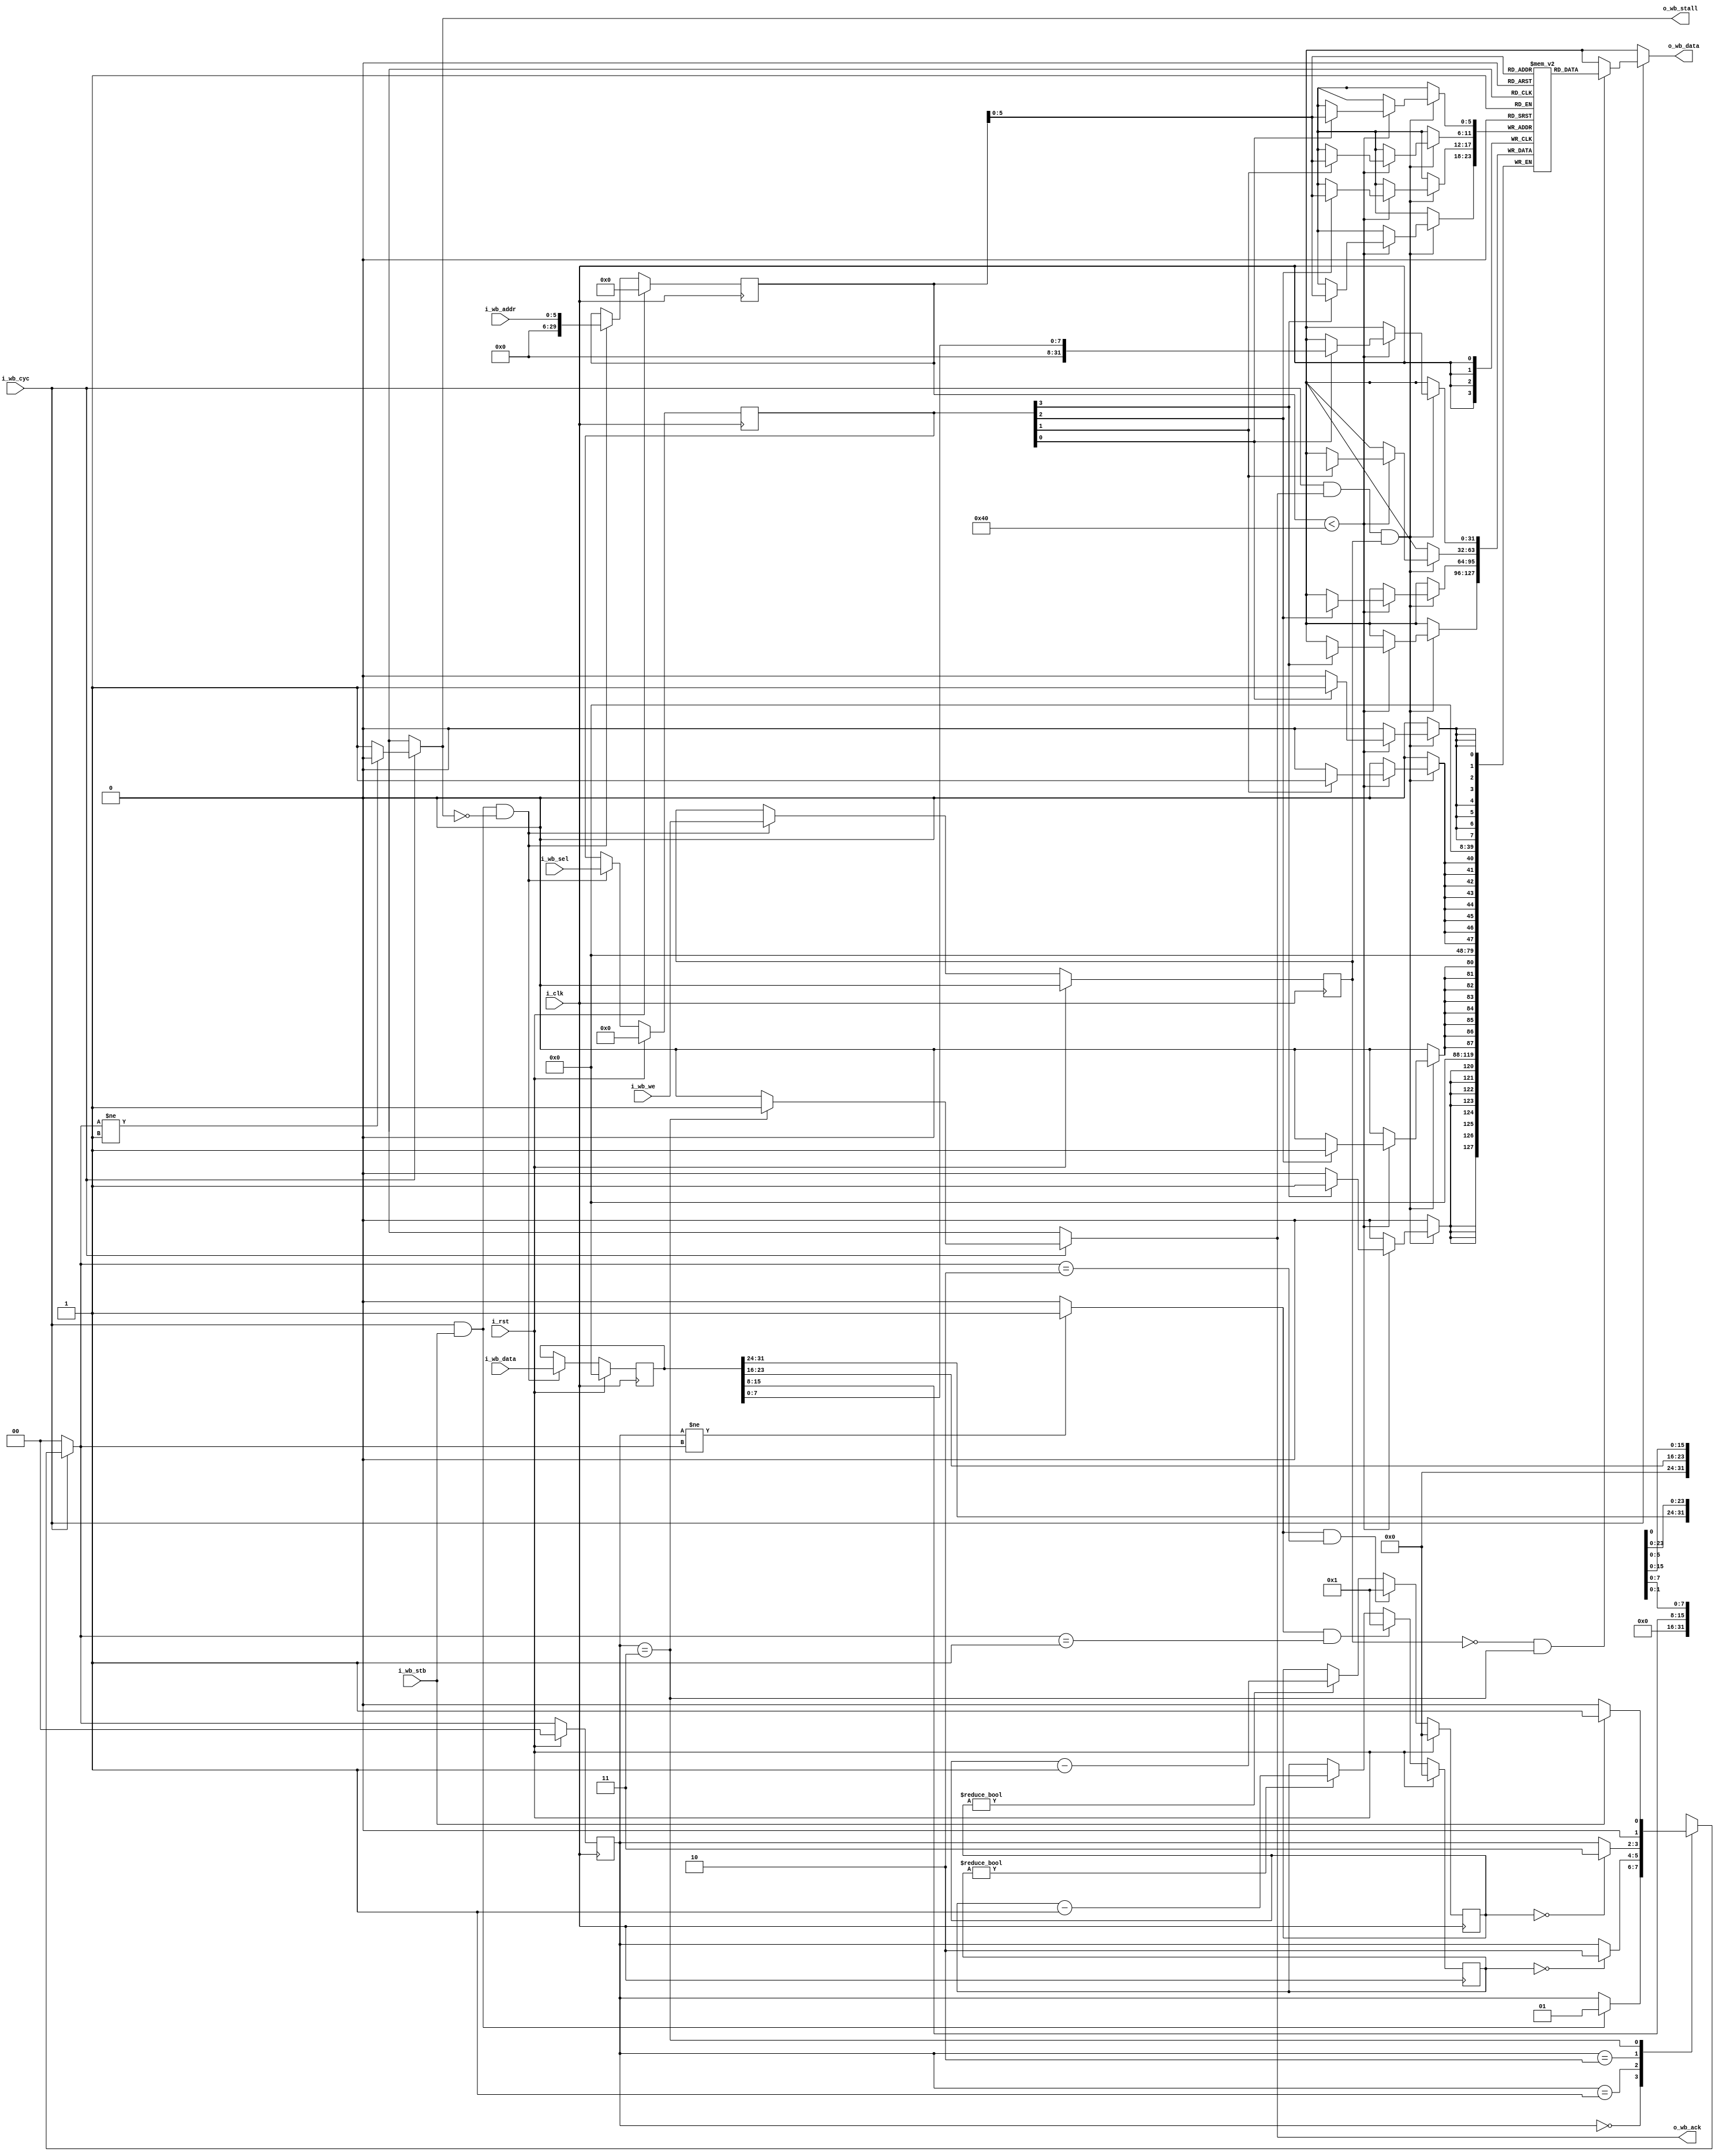
module wb_mem_dly #(
    parameter WB_ADDR_WIDTH = 6,
    parameter STALL_WS=2,
    parameter ACK_WS=2
)
(
    // Clock (posedge) and sync reset
    input i_clk,
    input i_rst,
    // Wishbone bus slave
    input i_wb_cyc,
    input i_wb_stb,
    output o_wb_stall,
    output o_wb_ack,
    input i_wb_we,
    input [WB_ADDR_WIDTH-1:0] i_wb_addr,
    input [31:0] i_wb_data,
    input [3:0] i_wb_sel,
    output [31:0] o_wb_data
);

    localparam MEM_NWORDS = 1 << WB_ADDR_WIDTH;

    //
    // State machine
    //
    reg [1:0] state;
    reg [1:0] state_next;
    wire state_change;
    assign state_change = (state != state_next) ? 1'b1 : 1'b0;

    wire [1:0] state_resp_ack;
    assign state_resp_ack = ACK_WS ? ST_ACK_WAIT : ST_ACK; 
    wire [1:0] state_req_ack;
    assign state_req_ack = STALL_WS ? ST_STALL_WAIT : state_resp_ack;

    localparam ST_IDLE = 2'd0;
    localparam ST_STALL_WAIT = 2'd1;
    localparam ST_ACK_WAIT = 2'd2;
    localparam ST_ACK = 2'd3;

    always @(posedge i_clk) begin
        if (i_rst) begin
            state <= ST_IDLE;
        end else begin
            state <= state_next;
        end
    end

    always @(*) begin
        state_next = state;

        case (state)
        ST_IDLE: begin
            if (i_wb_cyc && i_wb_stb) begin
                state_next = state_req_ack;
            end
        end

        ST_STALL_WAIT: begin
            if (!stall_ws_ctr) begin
                state_next = state_resp_ack;
            end
        end

        ST_ACK_WAIT: begin
            if (!ack_ws_ctr) begin
                state_next = ST_ACK;
            end
        end

        ST_ACK: begin
            state_next = i_wb_stb ? state_req_ack : ST_IDLE;
        end

        endcase

        // Global override: if CYC is de-asserted, go back to IDLE
        if (!i_wb_cyc) begin
            state_next = ST_IDLE;
        end
    end

    //
    // Stall waitstate counter
    //
    reg [7:0] stall_ws_ctr;

    always @(posedge i_clk) begin
        if (i_rst) begin
            stall_ws_ctr <= 8'd0;
        end else begin
            if (state_change && state_next == ST_STALL_WAIT) begin
                stall_ws_ctr <= STALL_WS - 8'd1;
            end else begin
                if (stall_ws_ctr) begin
                    stall_ws_ctr <= stall_ws_ctr - 8'd1;
                end
            end
        end
    end

    //
    // ACK waitstate counter
    //
    reg [7:0] ack_ws_ctr;

    always @(posedge i_clk) begin
        if (i_rst) begin
            ack_ws_ctr <= 8'd0;
        end else begin
            if (state_change && state_next == ST_ACK_WAIT) begin
                ack_ws_ctr <= ACK_WS - 8'd1;
            end else begin
                if (ack_ws_ctr) begin
                    ack_ws_ctr <= ack_ws_ctr - 8'd1;
                end
            end
        end
    end

    //
    // WB request buffer
    //
    reg [29:0] r_addr;
    reg r_we;
    reg [31:0] r_wdata;
    reg [3:0] r_wsel;

    always @(posedge i_clk) begin
        if (i_rst) begin
            r_addr <= 30'd0;
            r_we <= 1'd0;
            r_wdata <= 32'd0;
            r_wsel <= 4'b0;
        end else begin
            // Cache WB request whenever it is accepted
            if (i_wb_cyc && i_wb_stb && !o_wb_stall) begin
                r_addr <= i_wb_addr;
                r_we <= i_wb_we;
                r_wdata <= i_wb_data;
                r_wsel <= i_wb_sel;
            end
        end
    end

    //
    // Small memory
    //
    reg [31:0] mem [0:MEM_NWORDS-1];

    integer i;
    initial begin
        for (i = 0; i < MEM_NWORDS; i = i + 1) begin
            mem[i] <= 32'd0;
        end
    end

    always @(posedge i_clk) begin
        if (i_wb_cyc && o_wb_ack && r_we) begin
            // Handle WB write request
            if(r_addr < MEM_NWORDS) begin
                if (r_wsel[0]) mem[r_addr][7:0] <= r_wdata [7:0];
                if (r_wsel[1]) mem[r_addr][15:8] <= r_wdata [15:8];
                if (r_wsel[2]) mem[r_addr][23:16] <= r_wdata [23:16];
                if (r_wsel[3]) mem[r_addr][31:24] <= r_wdata [31:24];
            end
        end
    end

    //
    // Outputs
    //
    reg wb_stall;
    reg wb_ack;
    reg [31:0] wb_data;
    assign o_wb_stall = wb_stall;
    assign o_wb_ack = wb_ack;
    assign o_wb_data = wb_data;

    always @(*) begin
        wb_stall = 1'bx;
        wb_ack = 1'bx;
        wb_data = 32'bx;
        if (i_wb_cyc) begin
            // stall
            wb_stall = 1'b1;
            if (state_next != ST_STALL_WAIT) begin
                wb_stall = 1'b0;
            end
            // ack
            wb_ack = (state == ST_ACK) ? 1'b1 : 1'b0;
            // data
            if (!r_we && (state == ST_ACK)) begin
                wb_data = mem[r_addr];
            end
        end
    end

endmodule